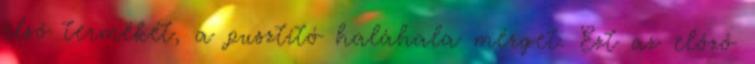
első termékét, a pusztító haláhala mérget. Ezt az előző